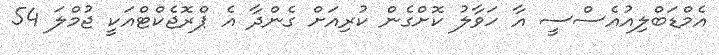
އެމްޑަބްލިއުއެސްސީ އާ ހަވާލު ކޮށްގެން ކުރިއަށް ގެންދާ އެ ޕްރޮޖެކްޓްއަކީ ޖުމްލަ 54